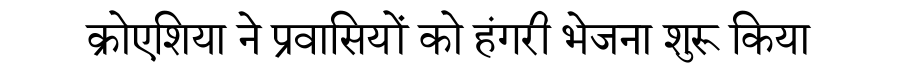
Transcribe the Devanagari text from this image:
क्रोएशिया ने प्रवासियों को हंगरी भेजना शुरू किया